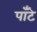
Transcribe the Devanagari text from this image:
पाँटे